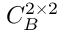
C _ { B } ^ { 2 \times 2 }